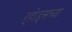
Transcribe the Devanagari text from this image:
ऱ्होड्सच्या